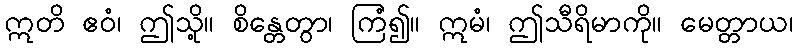
ဣတိ ဧဝံ၊ ဤသို့။ စိန္တေတွာ၊ ကြံ၍။ ဣမံ၊ ဤသီရိမာကို။ မေတ္တာယ၊